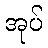
အုပ်